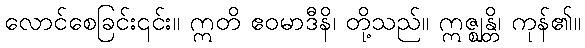
လောင်စေခြင်း၎င်း။ ဣတိ ဧဝမာဒီနိ၊ တို့သည်။ ဣဇ္ဈန္တိ၊ ကုန်၏။